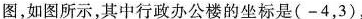
图，如图所示，其中行政办公楼的坐标是（-4，3）